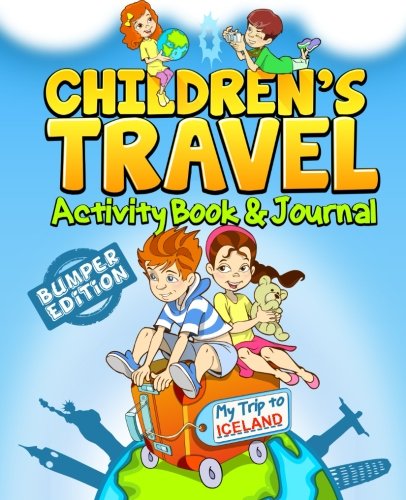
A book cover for Children's Travel Activity Book & Journal: My Trip to Iceland; TravelJournalBooks; Travel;